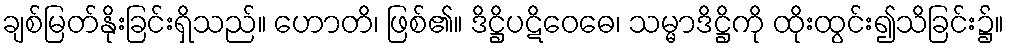
ချစ်မြတ်နိုးခြင်းရှိသည်။ ဟောတိ၊ ဖြစ်၏။ ဒိဋ္ဌိပဋိဝေဓေ၊ သမ္မာဒိဋ္ဌိကို ထိုးထွင်း၍သိခြင်း၌။